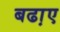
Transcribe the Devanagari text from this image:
बढा़ए